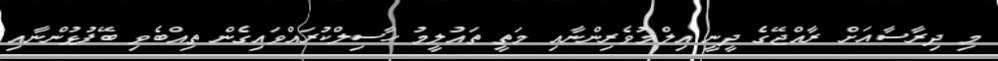
މި ދިރާސާއަށް ރާއްޖޭގެ ދީނީ އިލްމުވެރިންނާއި މަތީ ތައުލީމު ހާސިލްކުރައްވައިގެން ތިއްބެވި ބޭފުޅުންނާއި